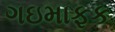
ગઇમાફક